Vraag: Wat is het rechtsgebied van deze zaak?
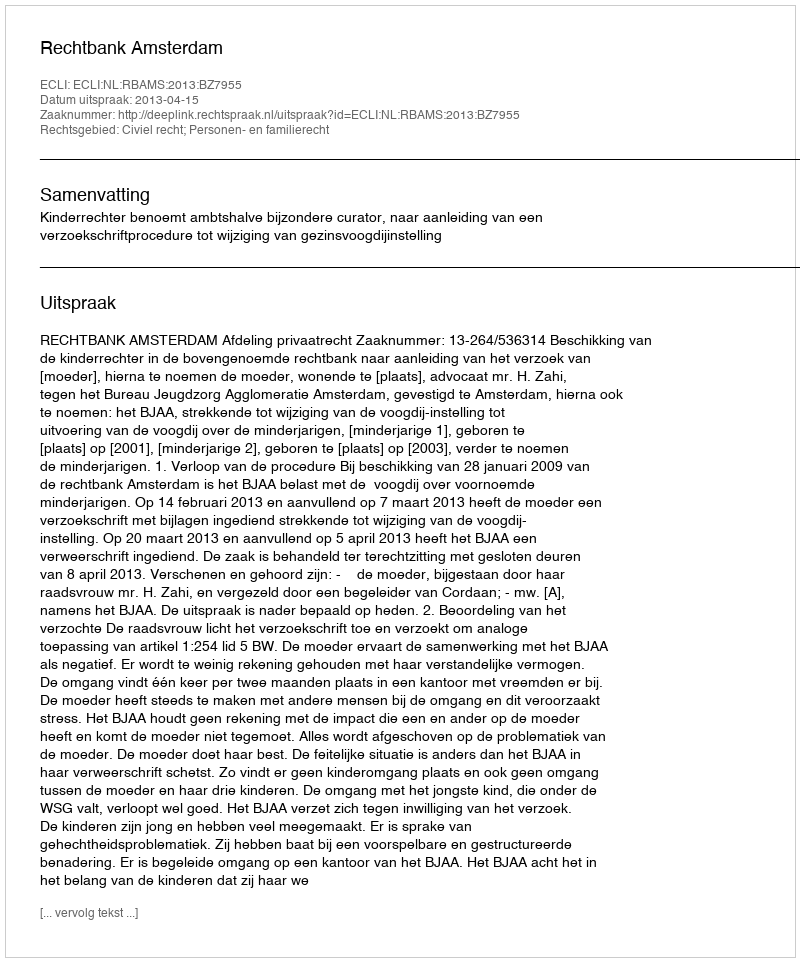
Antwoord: Civiel recht; Personen- en familierecht